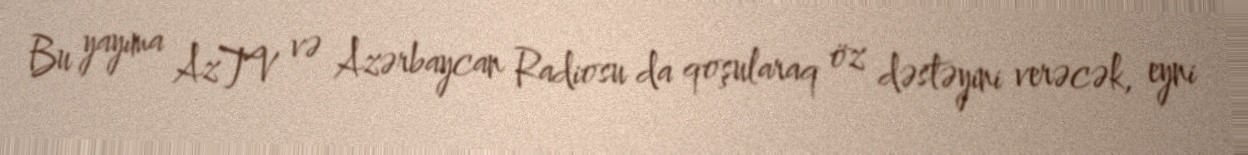
Bu yayıma AzTV və Azərbaycan Radiosu da qoşularaq öz dəstəyini verəcək, eyni